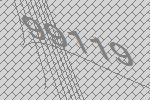
99119